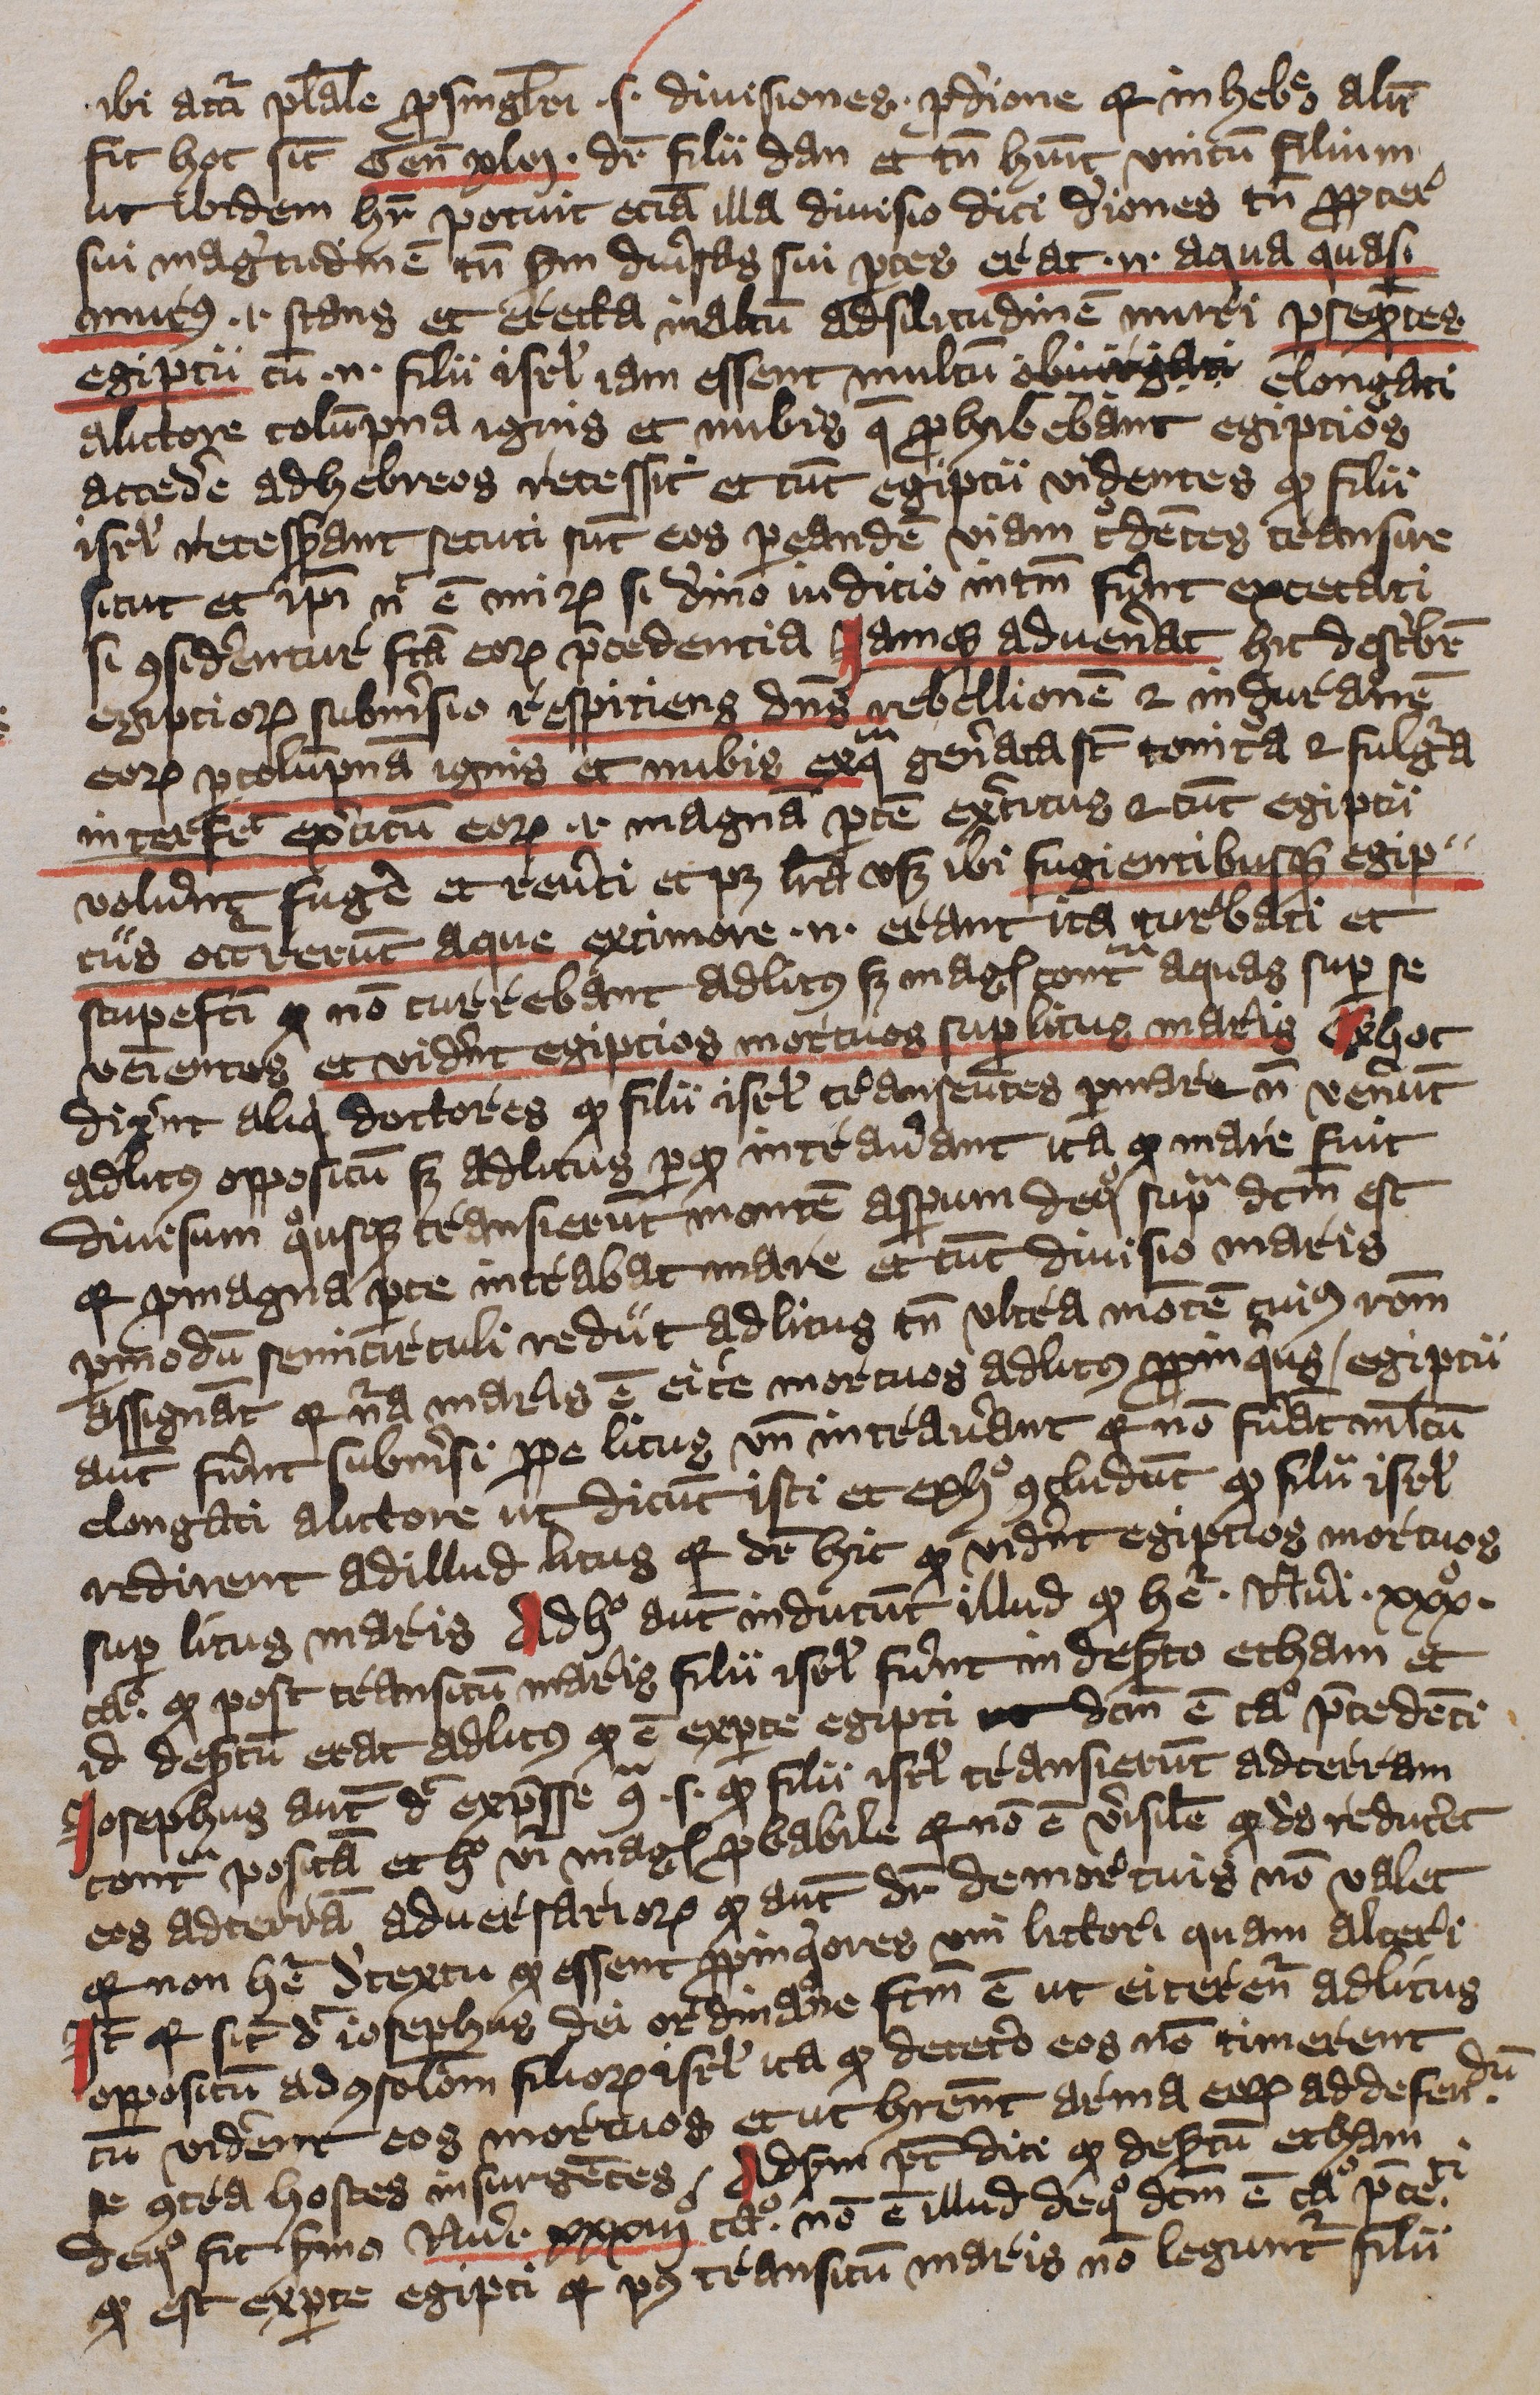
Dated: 1396–1396